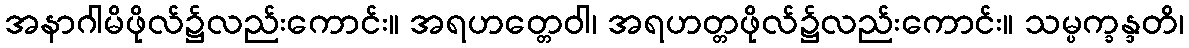
အနာဂါမိဖိုလ်၌လည်းကောင်း။ အရဟတ္တေဝါ၊ အရဟတ္တဖိုလ်၌လည်းကောင်း။ သမ္ပက္ခန္ဒတိ၊